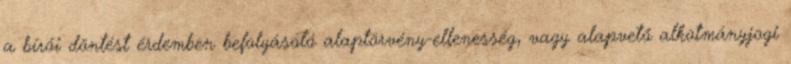
a bírói döntést érdemben befolyásoló alaptörvény-ellenesség, vagy alapvető alkotmányjogi